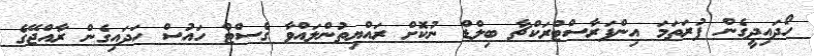
ހޯދައިދީގެން ފުރަތަމަ އިންފަރާސްޓްރަކްޗާ ބިލްޑް ނުކޮށް ރައްޔިތުންލައްވާ ގެސްޓް ހައުސް ހަދައިގެން ރާއްޖޭގެ